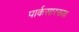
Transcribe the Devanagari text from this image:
पार्कसारख्या